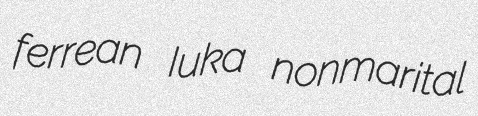
ferrean Iuka nonmarital